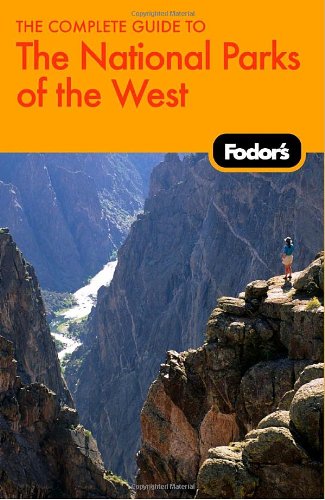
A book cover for Fodor's The Complete Guide to the National Parks of the West (Travel Guide); Fodor's; Travel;